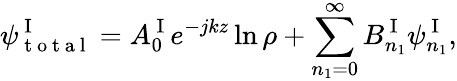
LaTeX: \psi_{\mathrm{~t~o~t~a~l~}}^{\mathrm{~I~}}=A_{0}^{\mathrm{~I~}}e^{-jkz}\ln\rho+\sum_{n_{1}=0}^{\infty}B_{n_{1}}^{\mathrm{~I~}}\psi_{n_{1}}^{\mathrm{~I~}},